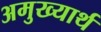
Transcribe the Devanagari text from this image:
अमुख्यार्थ